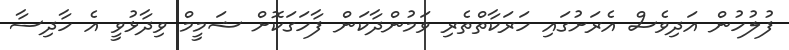
ފުލުހުން އަދިވެސް އެރަށުގައި ހަރަކާތްތެރި ވަމުންދާކަން ފާހަގަކޮށް ޝަމީމް ވިދާޅުވީ އެ ހާދިސާ